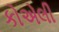
કોએલી